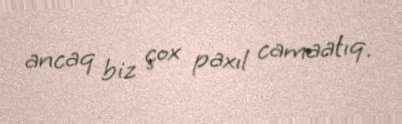
ancaq biz çox paxıl camaatıq.